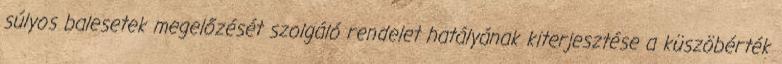
súlyos balesetek megelőzését szolgáló rendelet hatályának kiterjesztése a küszöbérték